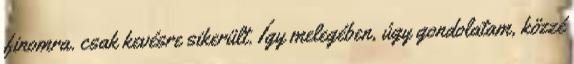
finomra. csak kevésre sikerült. Így melegében, úgy gondolatam, közzé